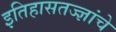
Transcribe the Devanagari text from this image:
इतिहासतज्ज्ञांचे